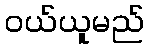
ဝယ်ယူမည်